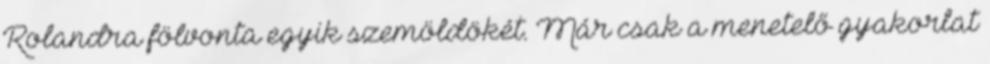
Rolandra fölvonta egyik szemöldökét. Már csak a menetelő gyakorlat